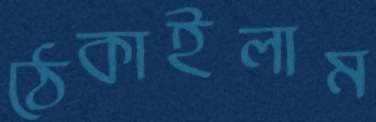
ঠেকাইলাম